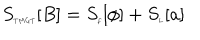
LaTeX: S _ { \tiny T M G T } [ B ] = S _ { \tiny f } [ \phi ] + S _ { \tiny L } [ a ]